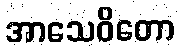
အာသေဝိတော